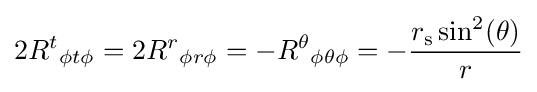
2R^{t}{}_{\phi t\phi }=2R^{r}{}_{\phi r\phi }=-R^{\theta }{}_{\phi \theta \phi }=-{\frac {r_{\text{s}}\sin ^{2}(\theta )}{r}}